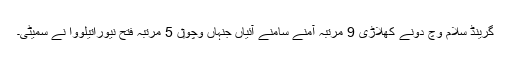
گرینڈ سلام وچ دونے کھلاڑی 9 مرتبہ آمنے سامنے آئیاں جنہاں وچو‏ں 5 مرتبہ فتح نیوراتیلووا نے سمیٹی۔